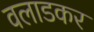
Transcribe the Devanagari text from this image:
वलाडकर